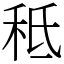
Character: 秪